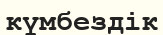
күмбездік